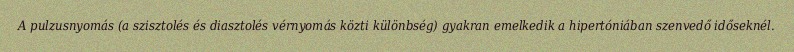
A pulzusnyomás (a szisztolés és diasztolés vérnyomás közti különbség) gyakran emelkedik a hipertóniában szenvedő időseknél.